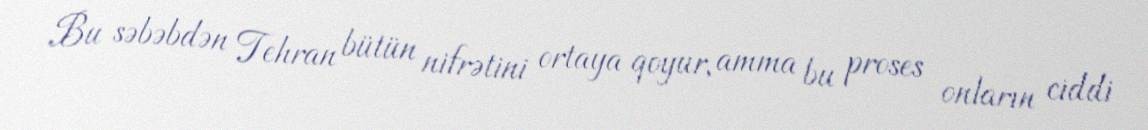
Bu səbəbdən Tehran bütün nifrətini ortaya qoyur, amma bu proses onların ciddi